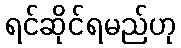
ရင်ဆိုင်ရမည်ဟု